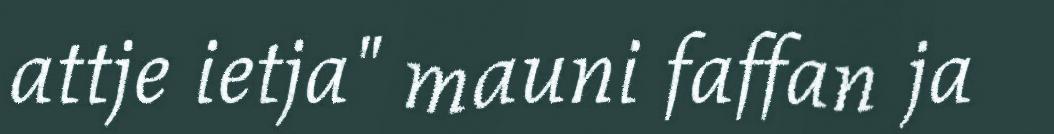
attje ietja" mauni faffan ja